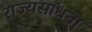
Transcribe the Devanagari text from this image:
राज्यसाधना